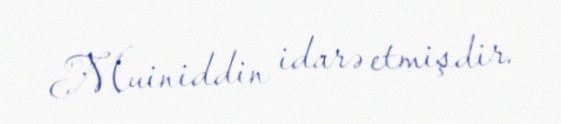
Muiniddin idarə etmişdir.